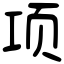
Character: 项